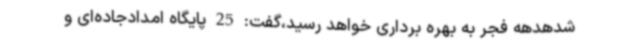
شدهدهه فجر به بهره برداری خواهد رسید،گفت: 25 پایگاه امدادجاده‌ای و